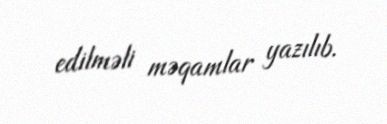
edilməli məqamlar yazılıb.